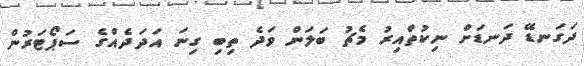
ދަގަނޑޭ ދަނޑަށް ނިކުތްއިރު މެޗު ބަލަން ވަދެ ތިބި ގިނަ އަދަދެއްގެ ސަޕޯޓަރުން